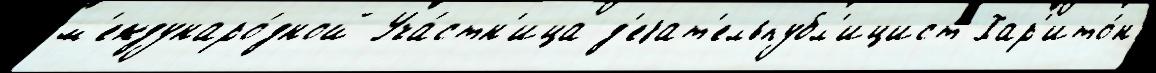
м'еждунаро́дной Уча́стн'ица д'еjат'ельпубл'ицист Хар'ито́н